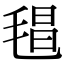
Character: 𣮑